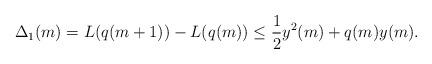
LaTeX: \begin{align*} \Delta_1(m) = L(q(m+1)) - L(q(m)) \leq \frac{1}{2} y^2(m) + q(m) y(m) . \end{align*}